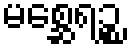
မစ္ဆေရဉ္စ